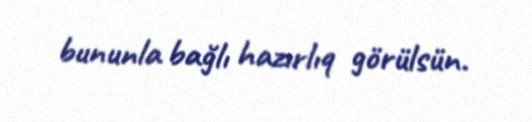
bununla bağlı hazırlıq görülsün.